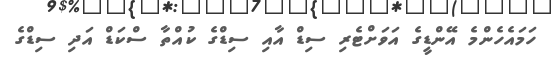
ހަމައެހެންމެ އޭންޑީގެ އަވަށްޓެރި ސިޑް އާއި ސިޑްގެ ކުއްތާ ސްކަޑް އަދި ސިޑްގެ